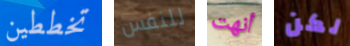
تخططين للنفس أنهت لكن